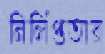
নির্লিপ্ততার